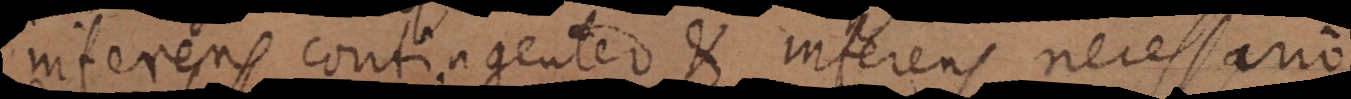
inferens contingenter et inferens necessario